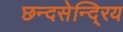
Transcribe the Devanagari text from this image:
छन्दसेन्दि्रय